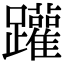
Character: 䠰